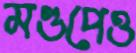
মণ্ডপেও